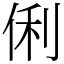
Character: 俐